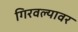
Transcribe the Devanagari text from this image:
गिरवल्यावर